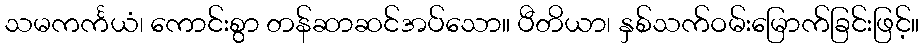
သမကင်္ကယံ၊ ကောင်းစွာ တန်ဆာဆင်အပ်သော။ ပီတိယာ၊ နှစ်သက်ဝမ်းမြောက်ခြင်းဖြင့်။